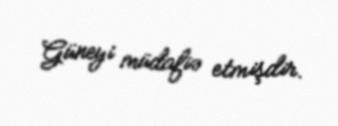
Güneyi müdafiə etmişdir.